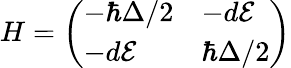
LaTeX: H=\left(\begin{array}{ll}{-\hbar\Delta/2}&{-d\mathcal{E}}\\ {-d\mathcal{E}}&{\hbar\Delta/2}\end{array}\right)